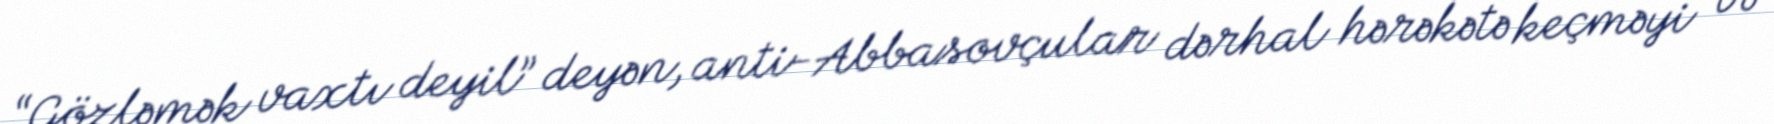
“Gözləmək vaxtı deyil” deyən, anti-Abbasovçular dərhal hərəkətə keçməyi və